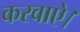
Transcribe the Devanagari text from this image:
करवाऐ।